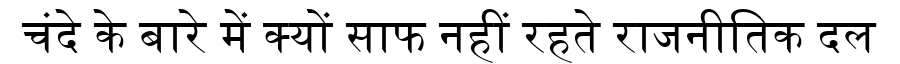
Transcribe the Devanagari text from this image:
चंदे के बारे में क्यों साफ नहीं रहते राजनीतिक दल